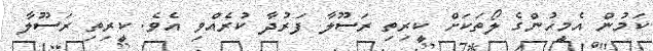
ކަމުން އެމީހުންގެ ލޯތަކަށް ކީރިތި ރަސޫލާ ފަރުދާ ކުރެއްވި އެވެ. ކީރިތި ރަސޫލާ